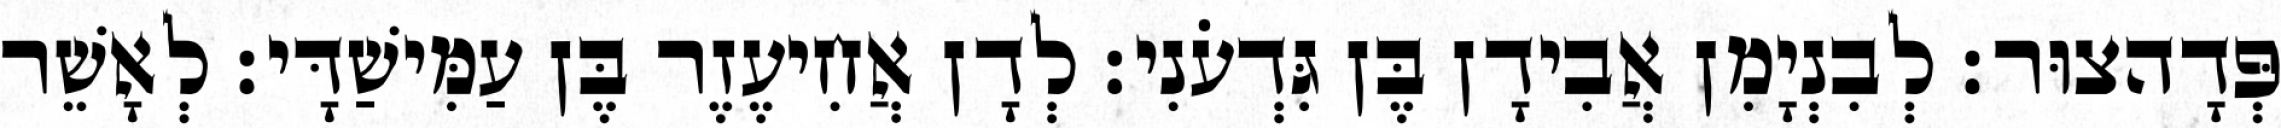
פְּדָהצוּר׃ לְבִנְיָמִן אֲבִידָן בֶּן גִּדְעֹנִי׃ לְדָן אֲחִיעֶזֶר בֶּן עַמִּישַׁדָּי׃ לְאָשֵׁר